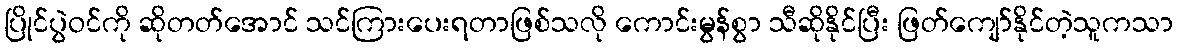
ပြိုင်ပွဲဝင်ကို ဆိုတတ်အောင် သင်ကြားပေးရတာဖြစ်သလို ကောင်းမွန်စွာ သီဆိုနိုင်ပြီး ဖြတ်ကျော်နိုင်တဲ့သူကသာ